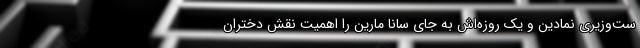
ست‌وزیریِ نمادین و یک روزه‌اش به جای سانا مارین را اهمیت نقش دختران